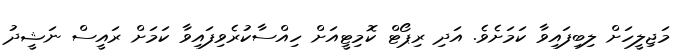
މަޖިލީހަށް ލިބިފައިވާ ކަމަށެވެ. އަދި ރިޕޯޓް ކޮމިޓީއަށް ހިއްސާކުރެވިފައިވާ ކަމަށް ރައީސް ނަޝީދު